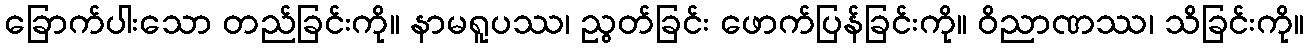
ခြောက်ပါးသော တည်ခြင်းကို။ နာမရူပဿ၊ ညွတ်ခြင်း ဖောက်ပြန်ခြင်းကို။ ဝိညာဏဿ၊ သိခြင်းကို။